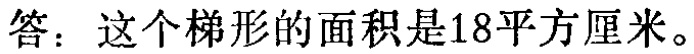
答：这个梯形的面积是18平方厘米。